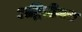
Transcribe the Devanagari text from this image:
अद्वितीयच